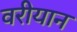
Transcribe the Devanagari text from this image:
वरीयान